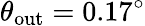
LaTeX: \theta_{\mathrm{out}}=0.17^{\circ}